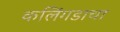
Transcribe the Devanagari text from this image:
कलिंगडाचा